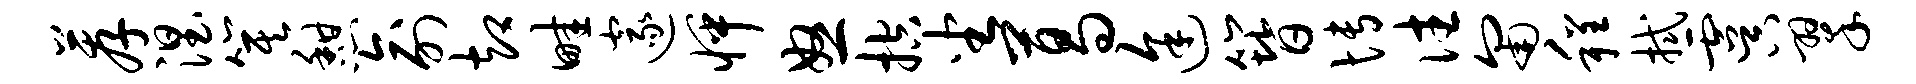
荐涅箕憩俞却畦邃怦怒控坐葛途簪博往匍程拭虞翠